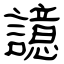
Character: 譩